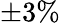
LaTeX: \pm{3\% }